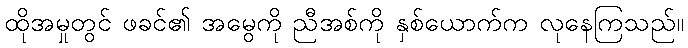
ထိုအမှုတွင် ဖခင်၏ အမွေကို ညီအစ်ကို နှစ်ယောက်က လုနေကြသည်။